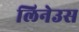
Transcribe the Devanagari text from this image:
लिनेउस